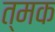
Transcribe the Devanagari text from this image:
त्मक